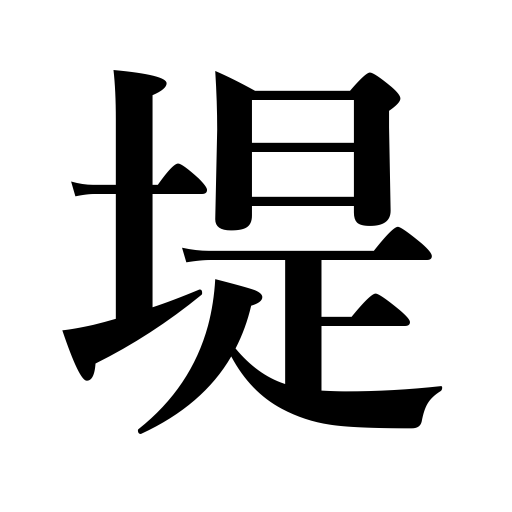
Meanings: dike,embankment,bank